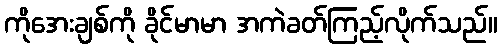
ကိုအေးချစ်ကို ခိုင်မာမာ အကဲခတ်ကြည့်လိုက်သည်။